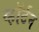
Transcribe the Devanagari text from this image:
व्हॉर्टन